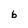
Character: b